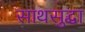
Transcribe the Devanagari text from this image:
साथसुद्धा